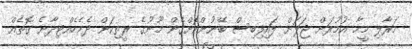
މަރާލި މީހާ އުމުރަށް ޖަލަށް ލައިފިބިސް ބޭނުންކޮށްގެން މޫނުގެ ރީތިކަން ދެމެހެއްޓިދާނެ ގޮތެއް